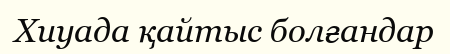
Хиуада қайтыс болғандар